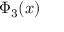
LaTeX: \Phi _ { 3 } ( x )